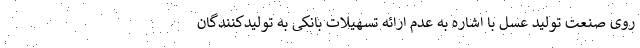
روی صنعت تولید عسل با اشاره به عدم ارائه تسهیلات بانکی به تولیدکنندگان